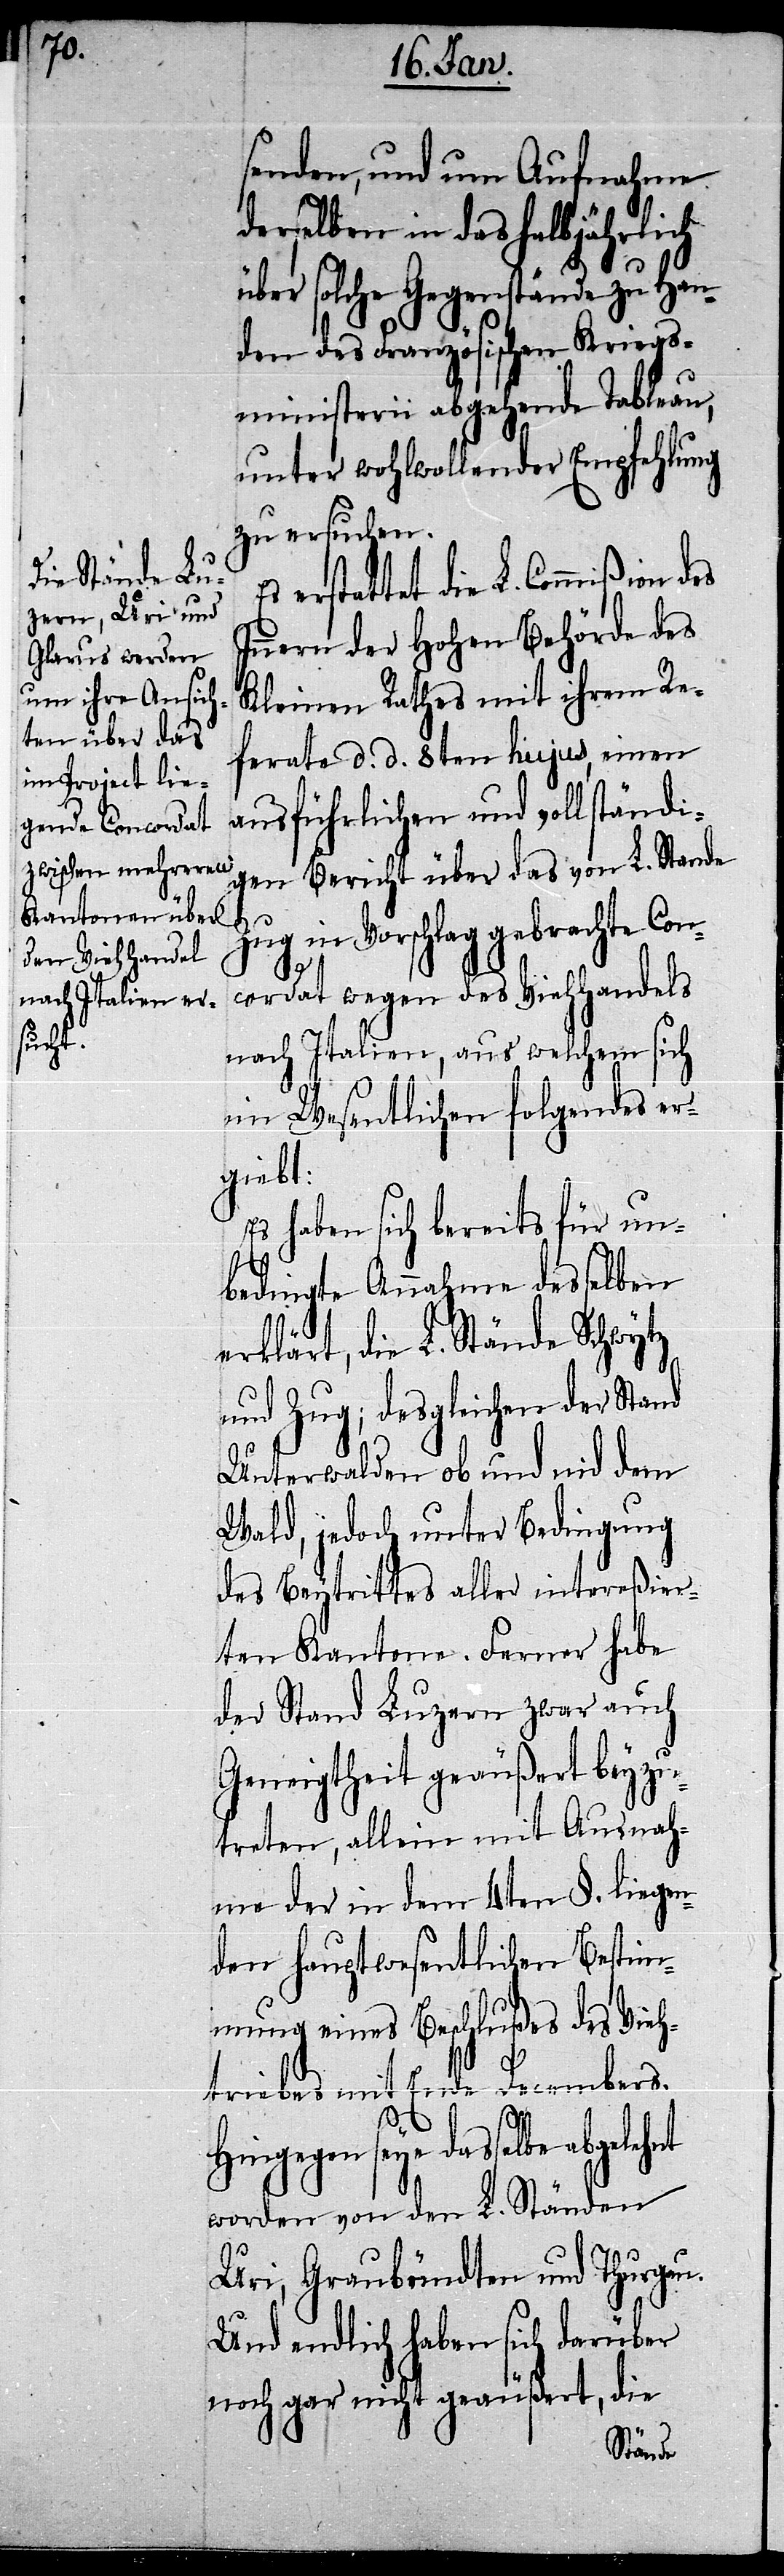
senden, und um Aufnahme
derselben in das halbjährlich
über solche Gegenstände zu Han¬
den des Französischen Kriegs¬
ministerii abgehende Tableau,
unter wohlwollender Empfehlung
zu ersuchen.
erstattet die L. Commißion
Innern der Hohen Behörde des
Kleinen Rathes mit ihrem Re¬
ferate d. d. 8ten hujus, einen
ausführlichen und vollständi¬
gen Bericht über das von L. Stande
Zug in Vorschlag gebrachte Con¬
cordat wegen des Viehhandels
nach Italien, aus welchem sich
im Wesentlichen folgendes er¬
giebt:
Es haben sich bereits für un¬
bedingte Annahme desselben
erklärt, die L. Stände Schwytz
und Zug; desgleichen der Stand
Unterwalden ob und nid dem
Wald, jedoch unter Bedingung
des Beytrittes aller intereßier¬
ten Kantone. Ferner habe
der Stand Luzern zwar auch
Geneigtheit geäußert beyzu¬
treten, allein mit Ausnah¬
me der in dem 4ten §. liegen¬
den hauptwesentlichen Bestim¬
mung eines Beschlußes des Vieh¬
triebes mit Ende Decembers.
Hingegen seye dasselbe
worden von den L. Ständen
Uri, Graubündten und Thurgau.
Und endlich haben sich darüber
noch gar nicht geäußert, die